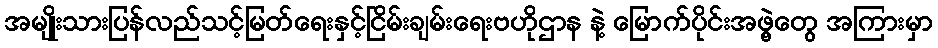
အမျိုးသားပြန်လည်သင့်မြတ်ရေးနှင့်ငြိမ်းချမ်းရေးဗဟိုဌာန နဲ့ မြောက်ပိုင်းအဖွဲ့တွေ အကြားမှာ